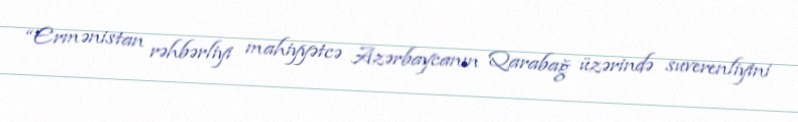
“Ermənistan rəhbərliyi mahiyyətcə Azərbaycanın Qarabağ üzərində suverenliyini